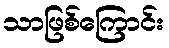
သာဖြစ်ကြောင်း